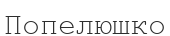
Попелюшко